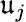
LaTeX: \mathfrak{u}_{{j}}